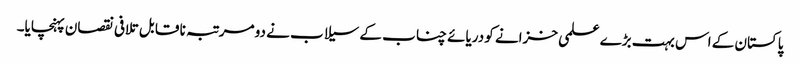
پاکستان کے اس بہت بڑے علمی خزانے کو دریائے چناب کے سیلاب نے دو مرتبہ نا قا بل تلافی نقصان پہنچایا۔